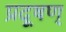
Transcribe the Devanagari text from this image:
प्रदूषण्